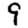
Digit: 9